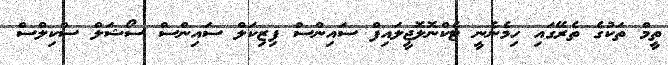
ތީމް ތަކުގެ ތެރޭގައި ހިމެނެނީ ޓެކްނޮލޮޖީލައިފް ސައިންސް ފިޒިކަލް ސައިންސް ސޯޝަލް ސްކިލްސް